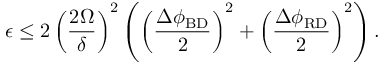
\epsilon \leq 2 \left( \frac { 2 \Omega } { \delta } \right) ^ { 2 } \left( \left( \frac { \Delta \phi _ { \mathrm { B D } } } { 2 } \right) ^ { 2 } + \left( \frac { \Delta \phi _ { \mathrm { R D } } } { 2 } \right) ^ { 2 } \right) .